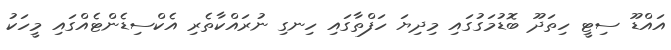
އައްޑޫ ސިޓީ ހިތަދޫ ބޮޑުމަގުގައި މިދިޔަ ހަފްތާގައި ހިނގި ނުރައްކާތެރި އެކްސިޑެންޓެއްގައި މީހަކު